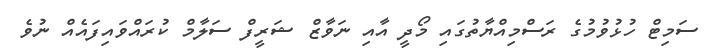
ސަމިޓް ހުޅުވުމުގެ ރަސްމިއްޔާތުގައި މޯދީ އާއި ނަވާޒް ޝަރީފް ސަލާމް ކުރައްވައިފައެއް ނުވެ